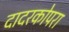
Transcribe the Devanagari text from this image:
दादरकोपरा